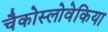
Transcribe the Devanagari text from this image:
चैकोस्लोवेकिया